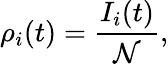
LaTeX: \rho_{i}(t)=\frac{I_{i}(t)}{\mathcal{N}},